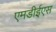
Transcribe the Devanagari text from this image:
एमडीईएस